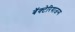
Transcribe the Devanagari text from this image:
बॅक्टेरियाजन्य